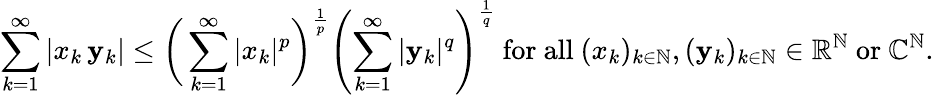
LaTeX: \sum_{k=1}^{\infty}|x_{k}\, \mathbf{y}_{k}|\leq{\biggl(}\sum_{k=1}^{\infty}|x_{k}|^{p}{\biggr)}^{\frac{{1}}{{p}}}\left(\sum_{k=1}^{\infty}|\mathbf{y}_{k}|^{q}\right)^{\frac{{1}}{{q}}}{\mathrm{{~for~all~}}}(x_{k})_{k\in\mathbb{{N}}},(\mathbf{y}_{k})_{k\in\mathbb{{N}}}\in\mathbb{{R}}^{\mathbb{{N}}}{\mathrm{{~or~}}}\mathbb{{C}}^{\mathbb{{N}}}.